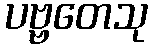
ပဗ္ဗတေသု